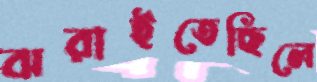
ঝরাইতেছিলে